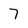
Character: 7